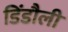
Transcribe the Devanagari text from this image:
डिंडौली